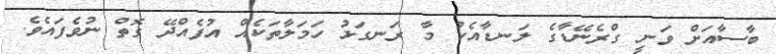
ބާސާއަށް ވަނީ ގްރެނޭޑާގެ ލަނޑާއެކު މާ ރަނގަޅު ހަމަލާތަކެއް އުފެއްދޭ ގޮތް ނުވެފައެވެ.